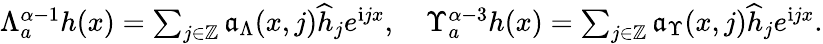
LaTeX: \begin{array}{r}{\Lambda_{a}^{\alpha-1}h(x)=\sum_{j\in\mathbb{Z}}\mathfrak{a}_{\Lambda}(x,j)\widehat{h}_{j}e^{\mathrm{i}jx},\quad\Upsilon_{a}^{\alpha-3}h(x)=\sum_{j\in\mathbb{Z}}\mathfrak{a}_{\Upsilon}(x,j)\widehat{h}_{j}e^{\mathrm{i}jx}.}\end{array}